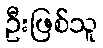
ဦးဖြစ်သူ